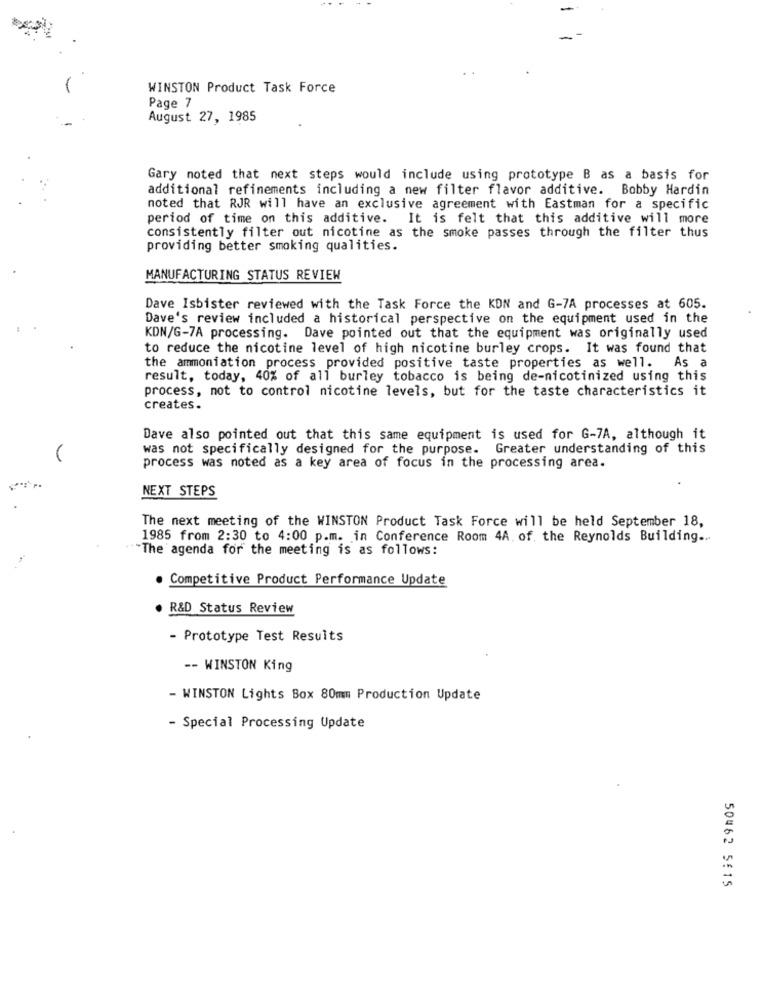
WINSTON Product Task Force
Page 7
August 27, 1985
Gary noted that next steps would include using prototype B as a basis for
additional refinements including a new filter flavor additive. Bobby Hardin
noted that RJR will have an exclusive agreement with Eastman for a specific
period of time on this additive. It is felt that this additive will more
consistently filter out nicotine as the smoke passes through the filter thus
providing better smoking qualities.
MANUFACTURING STATUS REVIEW
Dave Isbister reviewed with the Task Force the KON and G-7A processes at 605.
Dave's review included a historical perspective on the equipment used in the
KDN/G-7A processing. Dave pointed out that the equipment was originally used
to reduce the nicotine level of high nicotine burley crops. It was found that
the ammoniation process provided positive taste properties as well. As a
result, today, 40% of all burley tobacco is being de-nicotinized using this
process, not to control nicotine levels, but for the taste characteristics it
creates.
Dave also pointed out that this same equipment is used for G-7A, although it
was not specifically designed for the purpose. Greater understanding of this
process was noted as a key area of focus in the processing area.
NEXT STEPS
The next meeting of the WINSTON Product Task Force will be held September 18,
1985 from 2:30 to 4:00 p.m. in Conference Room 4A. of. the Reynolds Building ...
:"The agenda for the meeting is as follows:
. Competitive Product Performance Update
. R&D Status Review
- Prototype Test Results
-- WINSTON King
- WINSTON Lights Box 80mm Production Update
- Special Processing Update
50462 5515